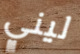
ليني